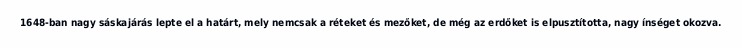
1648-ban nagy sáskajárás lepte el a határt, mely nemcsak a réteket és mezőket, de még az erdőket is elpusztította, nagy ínséget okozva.